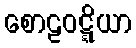
စောဠဝဋ္ဋိယာ